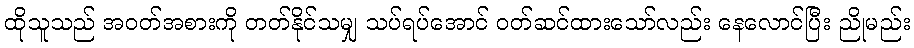
ထိုသူသည် အဝတ်အစားကို တတ်နိုင်သမျှ သပ်ရပ်အောင် ဝတ်ဆင်ထားသော်လည်း နေလောင်ပြီး ညိုမည်း